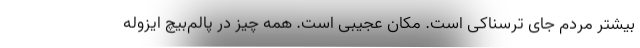
بیشتر مردم جای ترسناکی است. مکان عجیبی است. همه چیز در پالم‌بیچ ایزوله